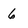
Character: 6